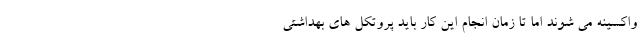
واکسینه می شوند اما تا زمان انجام این کار باید پروتکل های بهداشتی